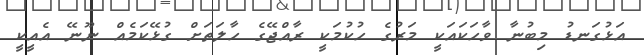
އަޅުގަނޑު މިބުނާ ވާހަކައަކީ މަރުގެ ހުކުމަކީ ރާއްޖޭގެ ހާލަތަށް ގުޅޭކަމެއް ނޫނޭ އެއީކީ